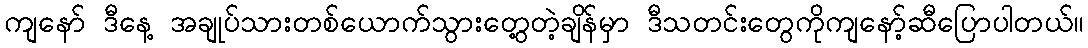
ကျနော် ဒီနေ့ အချုပ်သားတစ်ယောက်သွားတွေ့တဲ့ချိန်မှာ ဒီသတင်းတွေကိုကျနော့်ဆီပြောပါတယ်။